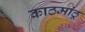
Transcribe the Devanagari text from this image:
काठमांठू